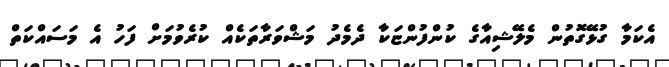
އެކަމާ ގުޅޭގޮތުން މެލޭޝިއާގެ ކުންފުންޏަކާ ދެމެދު މަޝްވަރާތަކެއް ކުރެވުމަށް ފަހު އެ މަސައްކަތް